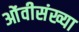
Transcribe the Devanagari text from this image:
ओंवीसंख्या